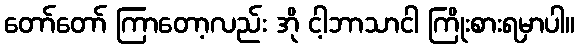
တော်တော် ကြာတော့လည်း အို ငါ့ဘာသာငါ ကြိုးစားရမှာပါ။